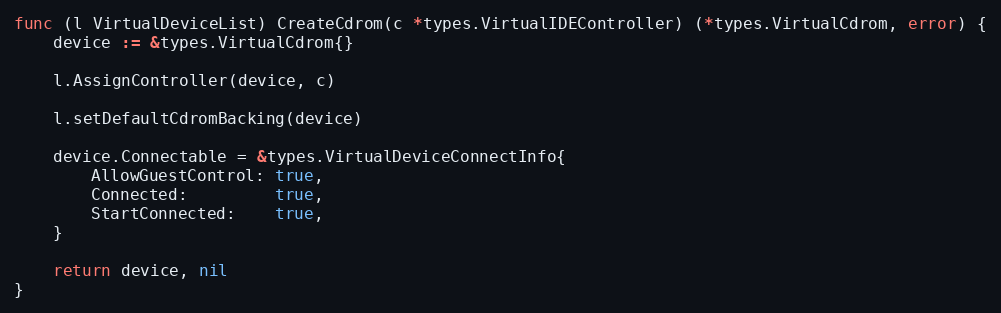
Language: Go
func (l VirtualDeviceList) CreateCdrom(c *types.VirtualIDEController) (*types.VirtualCdrom, error) {
	device := &types.VirtualCdrom{}

	l.AssignController(device, c)

	l.setDefaultCdromBacking(device)

	device.Connectable = &types.VirtualDeviceConnectInfo{
		AllowGuestControl: true,
		Connected:         true,
		StartConnected:    true,
	}

	return device, nil
}